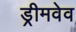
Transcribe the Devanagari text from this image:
ड्रीमवेव